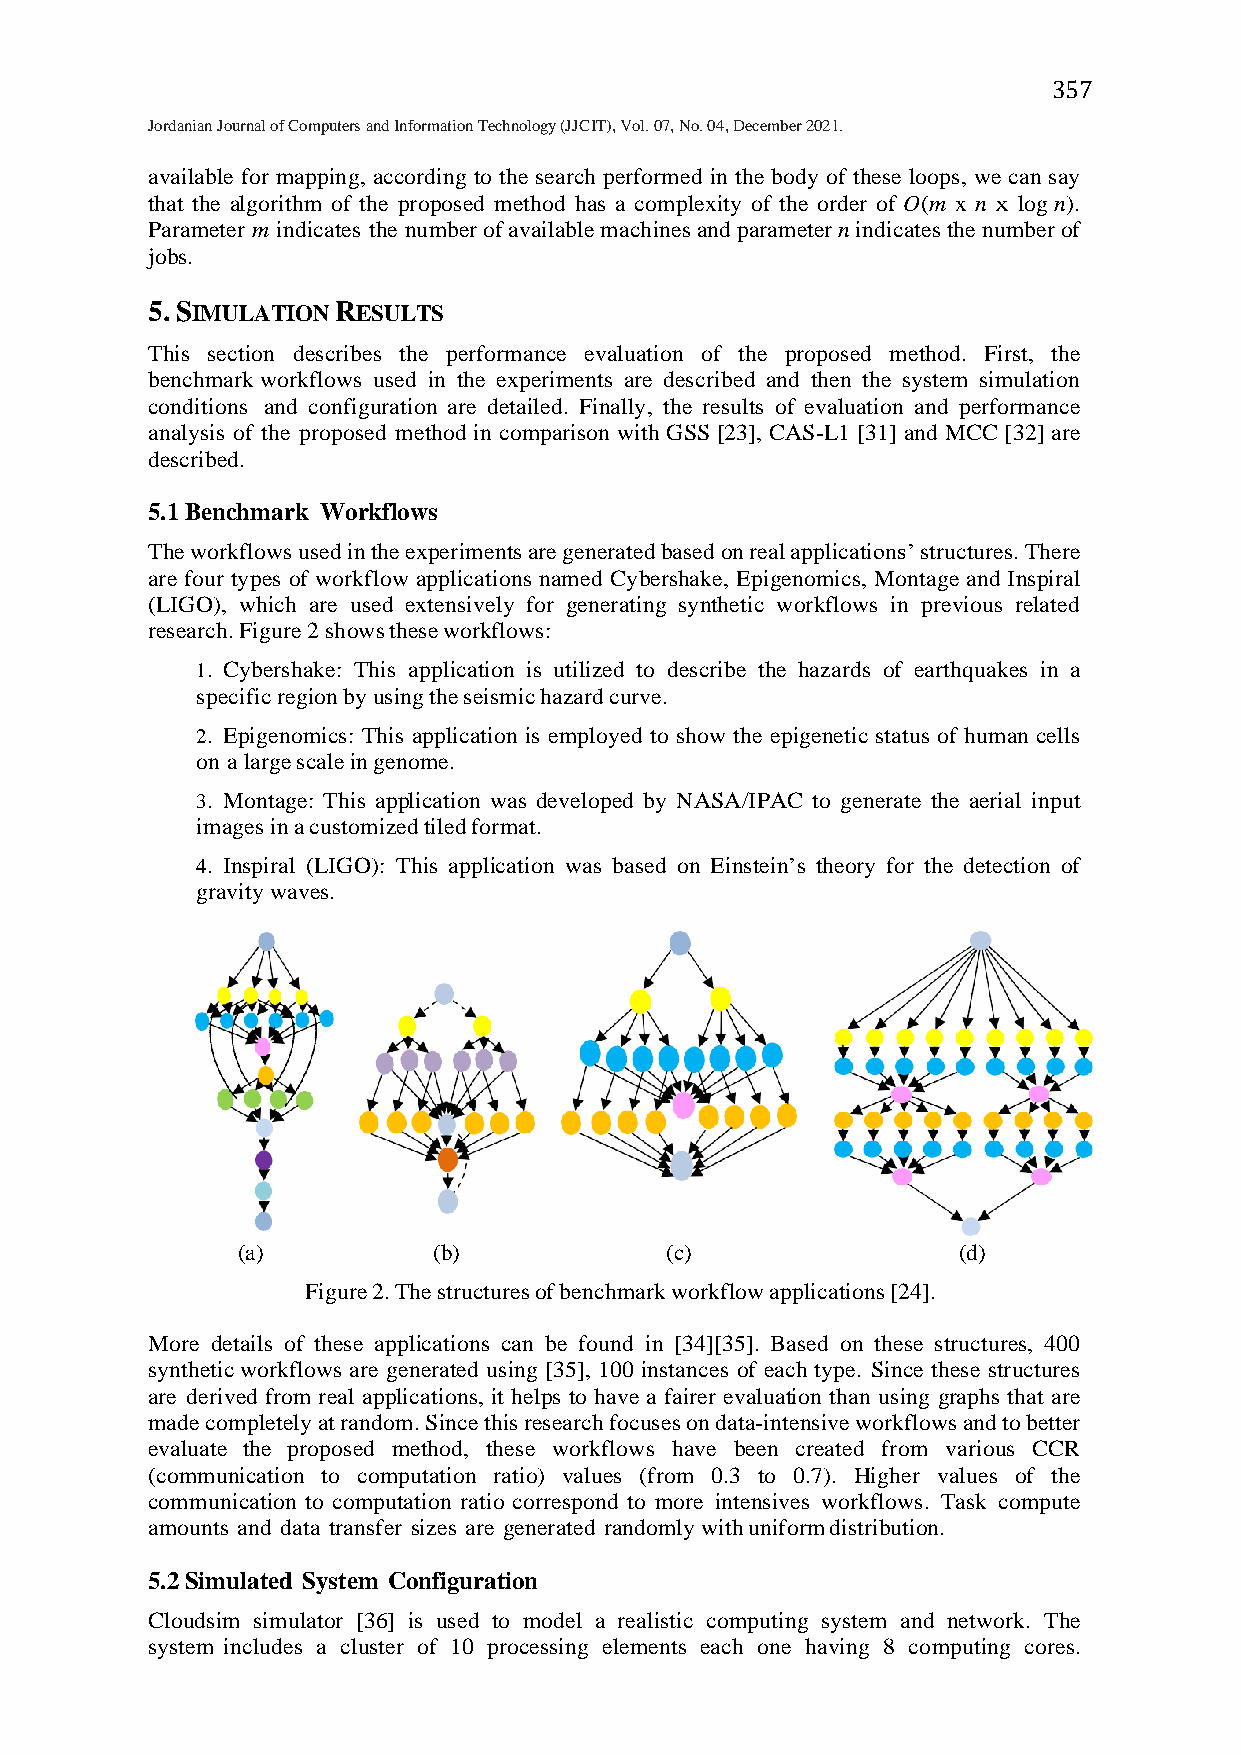
357
 Jordanian Journal of Computers and Information Technology (JJCIT), Vol. 07, No. 04, December 2021.
 available for mapping, according to the search performed in the body of these loops, we can say
 that the algorithm of the proposed method has a complexity of the order of O(m x n x log n).
 Parameter m indicates the number of available machines and parameter n indicates the number of
 jobs.
 5.SIMULATION RESULTS
 This section describes the performance evaluation of the proposed method. First, the
 benchmark workflows used in the experiments are described and then the system simulation
 conditions and configuration are detailed. Finally, the results of evaluation and performance
 analysis of the proposed method in comparison with GSS [23], CAS-L1 [31] and MCC [32] are
 described.
 5.1 Benchmark Workflows
 The workflows used in the experiments are generated based on real applications’ structures. There
 are four types of workflow applications named Cybershake, Epigenomics, Montage and Inspiral
 (LIGO), which are used extensively for generating synthetic workflows in previous related
 research. Figure 2 shows these workflows:
 1. Cybershake: This application is utilized to describe the hazards of earthquakes in a
 specific region by using the seismic hazard curve.
 2. Epigenomics: This application is employed to show the epigenetic status of human cells
 on a large scale in genome.
 3. Montage: This application was developed by NASA/IPAC to generate the aerial input
 images in a customized tiled format.
 4. Inspiral (LIGO): This application was based on Einstein’s theory for the detection of
 gravity waves.
 (a)          (b)            (c)                (d)
 Figure 2. The structures of benchmark workflow applications [24].
 More details of these applications can be found in [34][35]. Based on these structures, 400
 synthetic workflows are generated using [35], 100 instances of each type. Since these structures
 are derived from real applications, it helps to have a fairer evaluation than using graphs that are
 made completely at random. Since this research focuses on data-intensive workflows and to better
 evaluate the proposed method, these workflows have been created from various CCR
 (communication to computation ratio) values (from 0.3 to 0.7). Higher values of the
 communication to computation ratio correspond to more intensives workflows. Task compute
 amounts and data transfer sizes are generated randomly with uniform distribution.
 5.2 Simulated System Configuration
 Cloudsim simulator [36] is used to model a realistic computing system and network. The
 system includes a cluster of 10 processing elements each one having 8 computing cores.